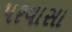
પરવાસા